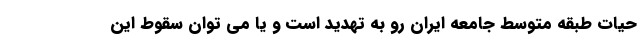
حیات طبقه متوسط جامعه ایران رو به تهدید است و یا می توان سقوط این